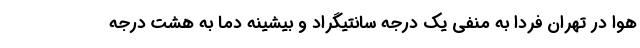
هوا در تهران فردا به منفی یک درجه سانتیگراد و بیشینه دما به هشت درجه